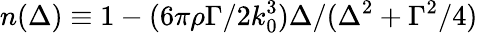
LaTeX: n(\Delta)\equiv 1-(6\pi\rho\Gamma/2k_{0}^{3})\Delta/(\Delta^{2}+\Gamma^{2}/4)